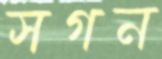
সগন